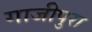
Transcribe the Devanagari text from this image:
गाजीपुरा